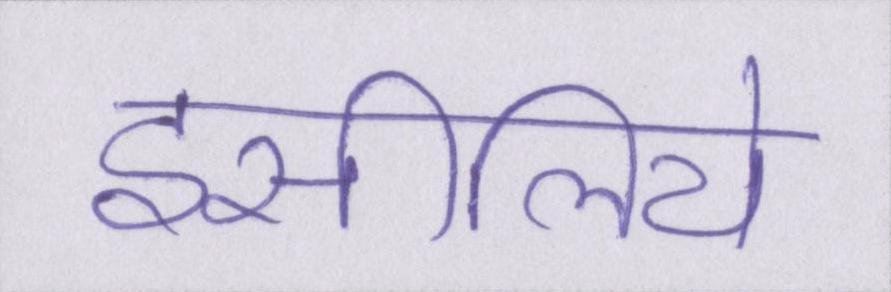
इसीलिये